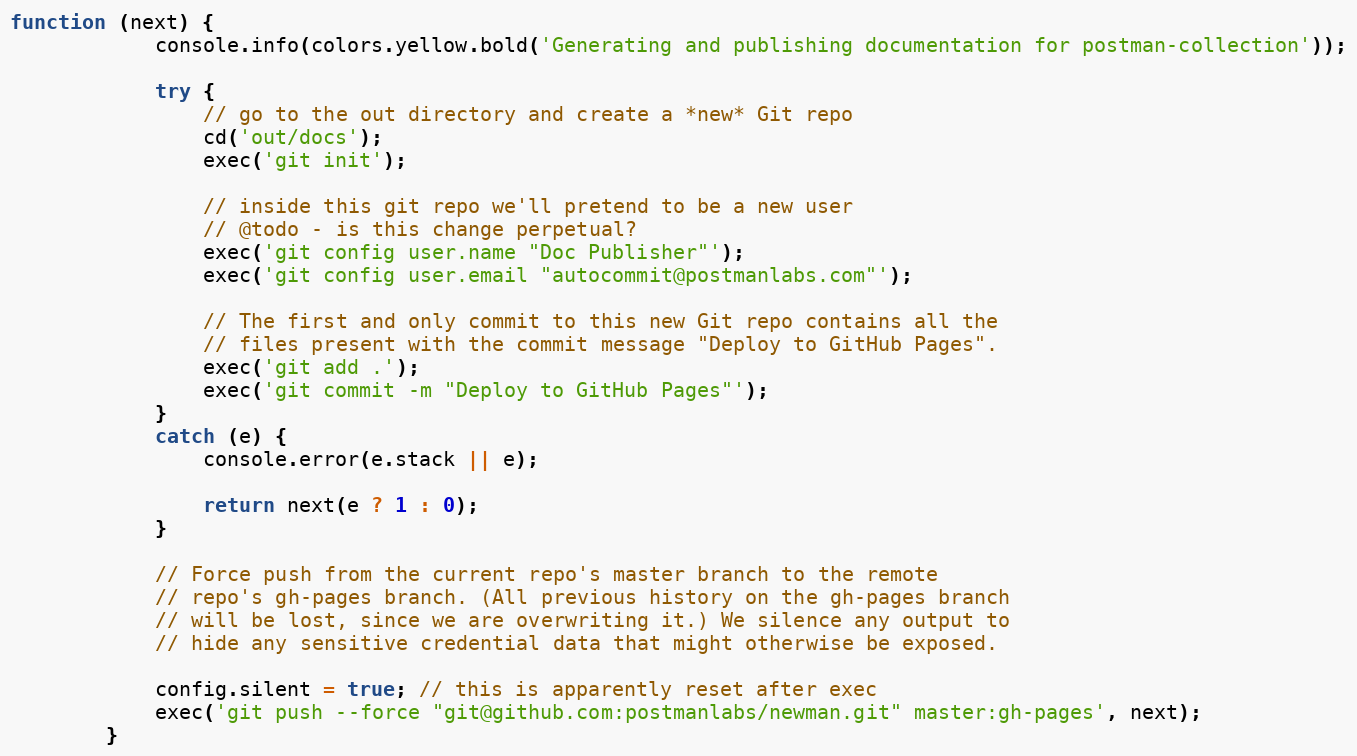
Language: JavaScript
function (next) {
            console.info(colors.yellow.bold('Generating and publishing documentation for postman-collection'));

            try {
                // go to the out directory and create a *new* Git repo
                cd('out/docs');
                exec('git init');

                // inside this git repo we'll pretend to be a new user
                // @todo - is this change perpetual?
                exec('git config user.name "Doc Publisher"');
                exec('git config user.email "autocommit@postmanlabs.com"');

                // The first and only commit to this new Git repo contains all the
                // files present with the commit message "Deploy to GitHub Pages".
                exec('git add .');
                exec('git commit -m "Deploy to GitHub Pages"');
            }
            catch (e) {
                console.error(e.stack || e);

                return next(e ? 1 : 0);
            }

            // Force push from the current repo's master branch to the remote
            // repo's gh-pages branch. (All previous history on the gh-pages branch
            // will be lost, since we are overwriting it.) We silence any output to
            // hide any sensitive credential data that might otherwise be exposed.

            config.silent = true; // this is apparently reset after exec
            exec('git push --force "git@github.com:postmanlabs/newman.git" master:gh-pages', next);
        }